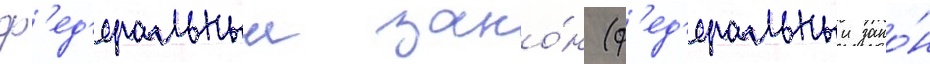
ф'ед'еральныи зако́н (ф'ед'еральныи зако́н